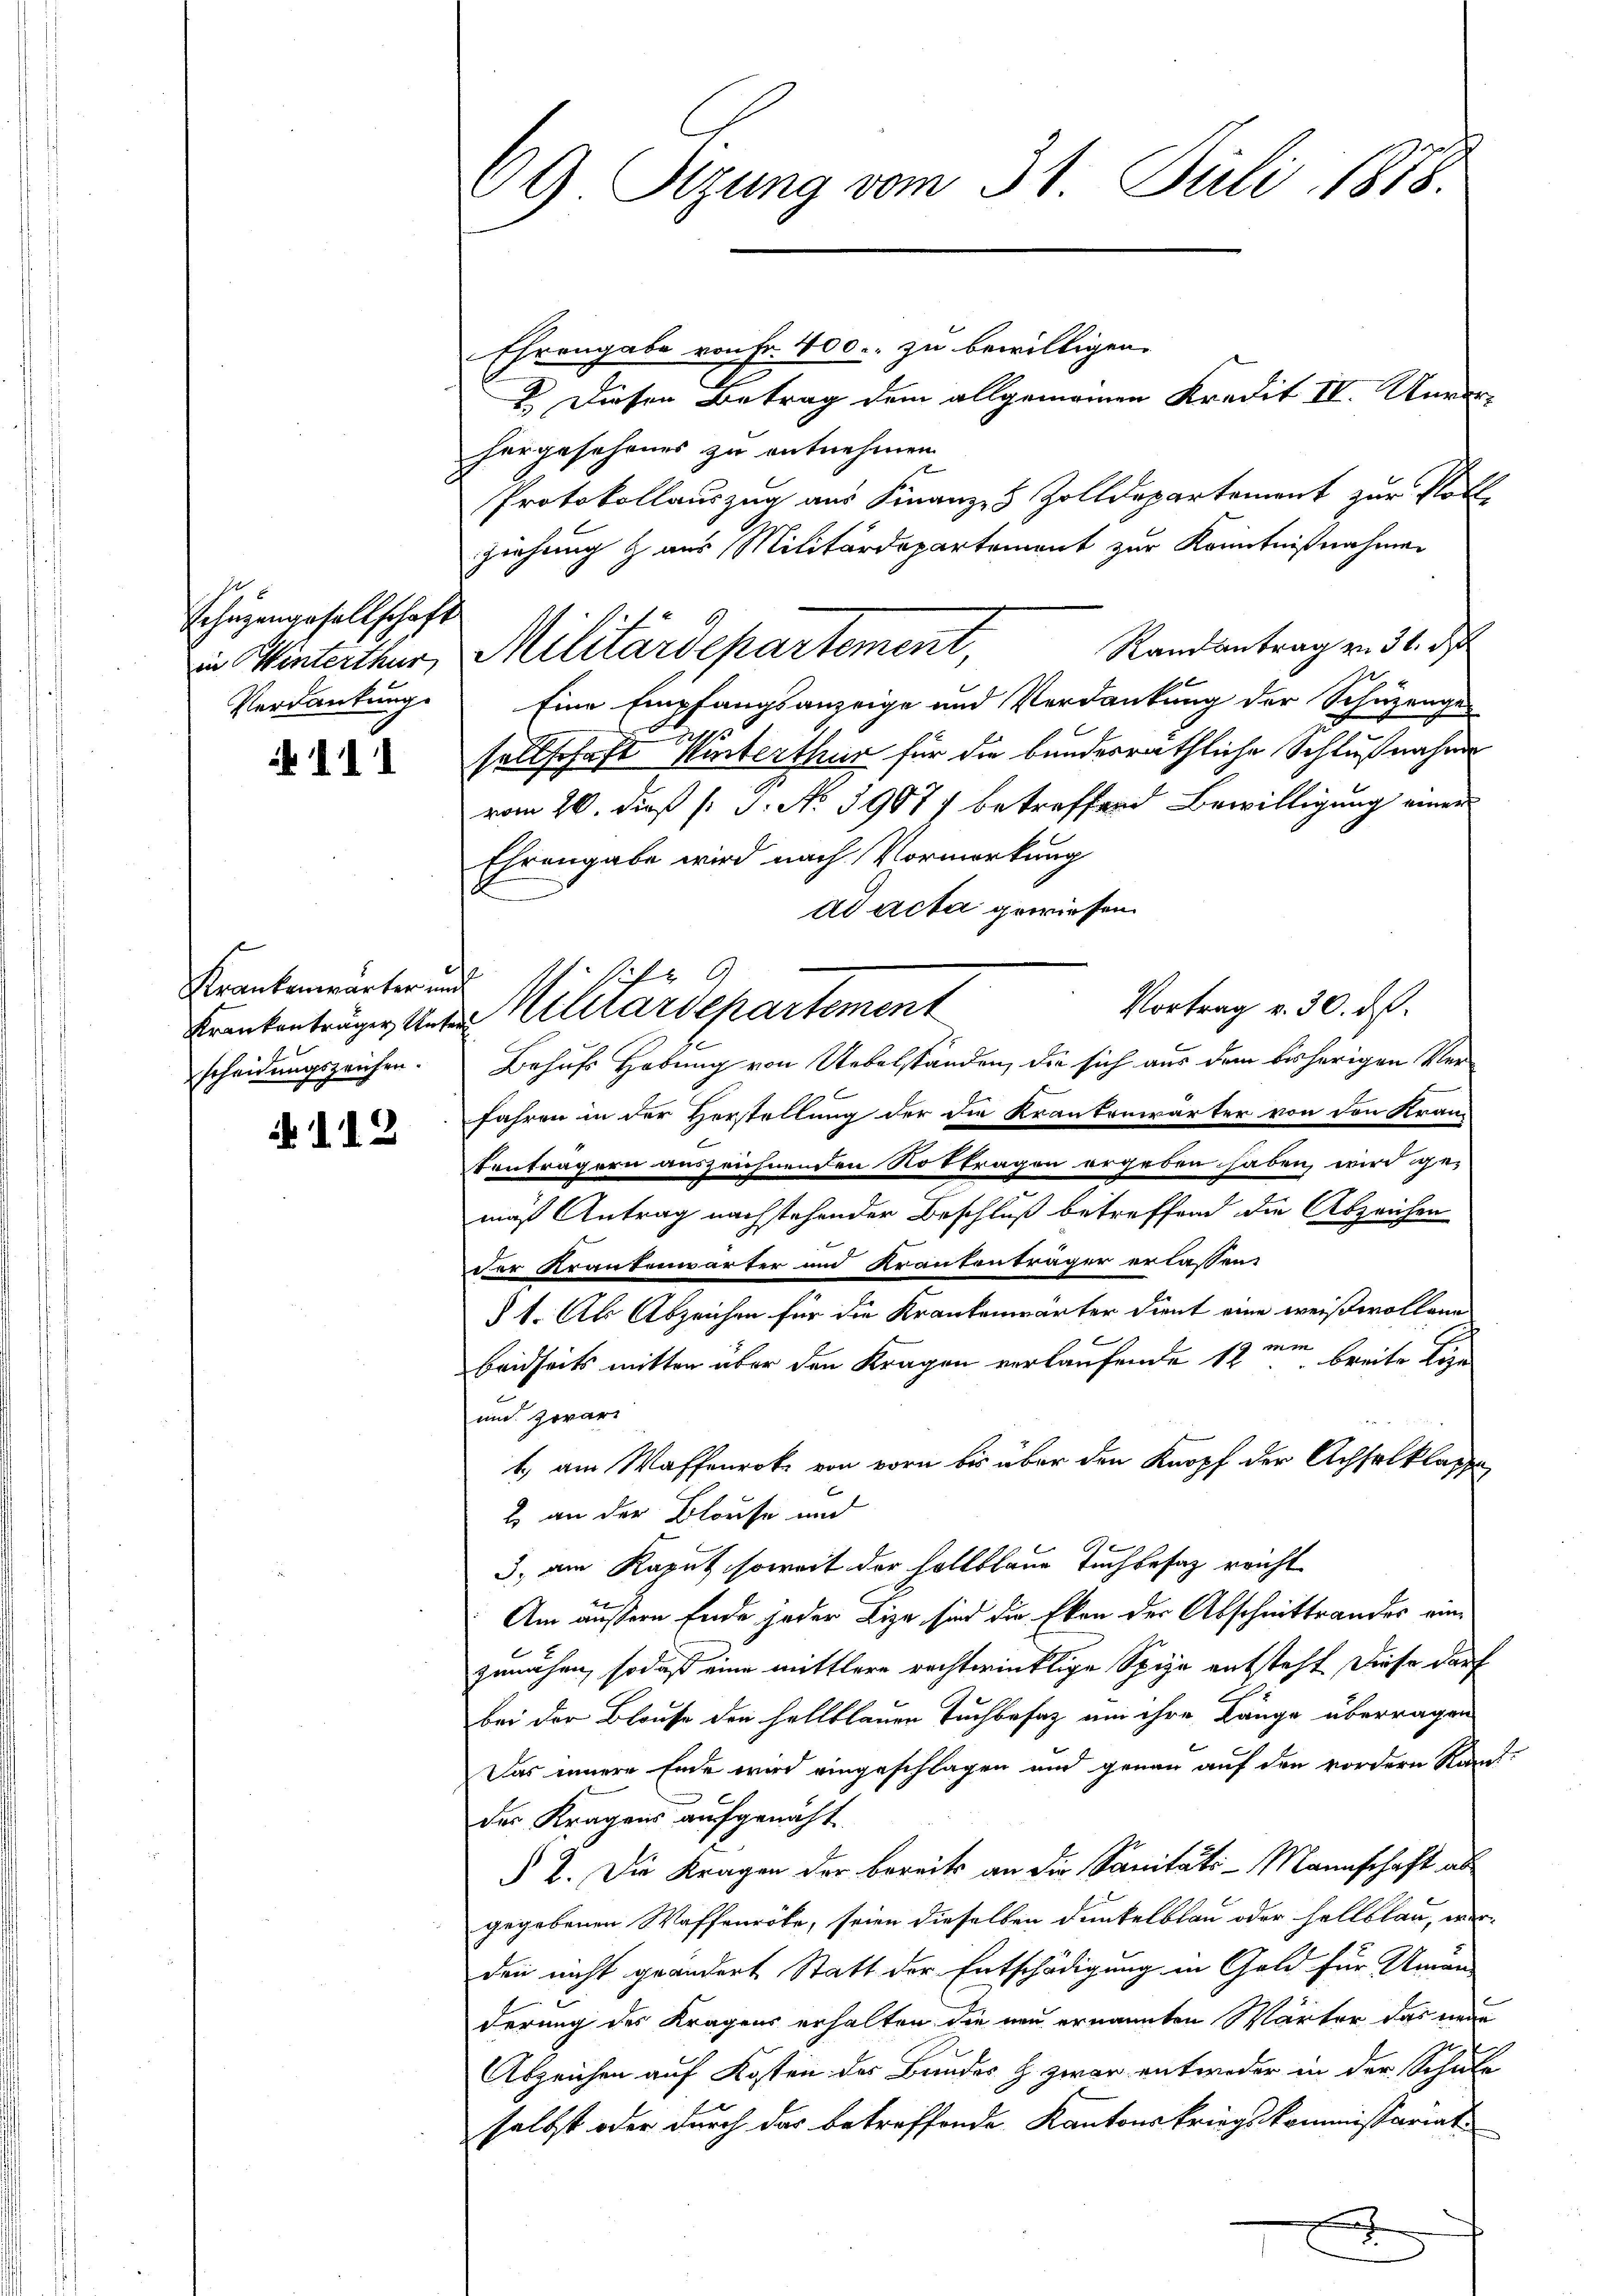
Schüzengesellschaft
Verdankung.

111

Krankenwarter und
scheidungszeichen.

N 112

69 Sitzung vom 31. Juli 1878.

Ehrengabe von Fr. 400. zu bewilligen.
2. Diesen Betrag dem allgemeinen Kredit II. Unverhergesehenes zu entnehmen.
Protokollauszug aus Finanz- Zolldepartement zur Voll
ziehung & aus Militärdepartement zur Kenntnißnahme
Randantrag von 31. d
Eine Empfangsanzeige und Verdankung der Schüzenges
sellschaft Winterthur für die bundesräthliche Schlußnahme
vom 20. dieß (: S. No 39077 betreffend Bewilligung einer
Ehrengabe wird nach Vormerkung
ad acta gewiesen.
Vortrag v. 30. ds.
Behufs Hebung von Uebelständen, die sich aus dem bisherigen Ver¬
Jahren in der Herstellung der die Krankenwärter von den Kran-
Fenträgern auszeichnenden Notfragen ergeben haben wird ge-
mäß Antrag nachstehender Beschluß betreffend die Abzeichen
der Krankenwärter und Krantenträger erlassen.
§ 1. Ab Abzeichen für die Krankenwärter dient eine weiß wollen
beidseits mitten über den Kragen verlaufende 12 m breite lege
und zwar
t, am Waffenroke von vorn bis über den Knopf der Achselklasse
2 an der Blause und
3. am Kaput soweit der Holtblaue Tuchbesaz reicht
Am äussern Ende jeder Liza sind die Eken der Abschnittrandes einzunahen, sodaß eine mittlere rechtwinklige Spize entsteht diese darf
bei der Blause den hellblauen Tuchbesaz um ihre Länge überragen
Das innere Ende wird eingeschlagen und genau auf den vordern Kan-
der Kragens aufgemacht.
§ 2. Die Kragen der bereits an die Sanitäts-Mannschaft ab
gegebenen Waffenröte, seien dieselben dunkelblau oder hellblau, wer-
den nicht geändert Statt der Entschädigung in Geld für Uman-
derung des Kragens erhalten die neu ernannten Wärter das neue
Abzeichen auf Kosten der Bundes H. zwar entweder in der Schule
selbst oder durch das betreffende Kantonskriegskommissariat
x

in Winterthur, Militärdepartement,

Erntentrages der Militärdepartement